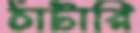
ঠাটারি